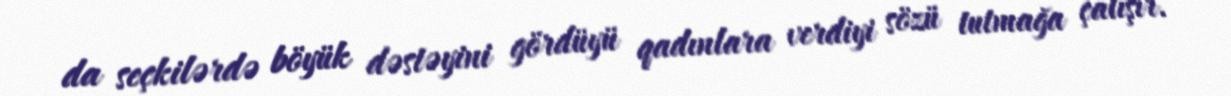
da seçkilərdə böyük dəstəyini gördüyü qadınlara verdiyi sözü tutmağa çalışır.